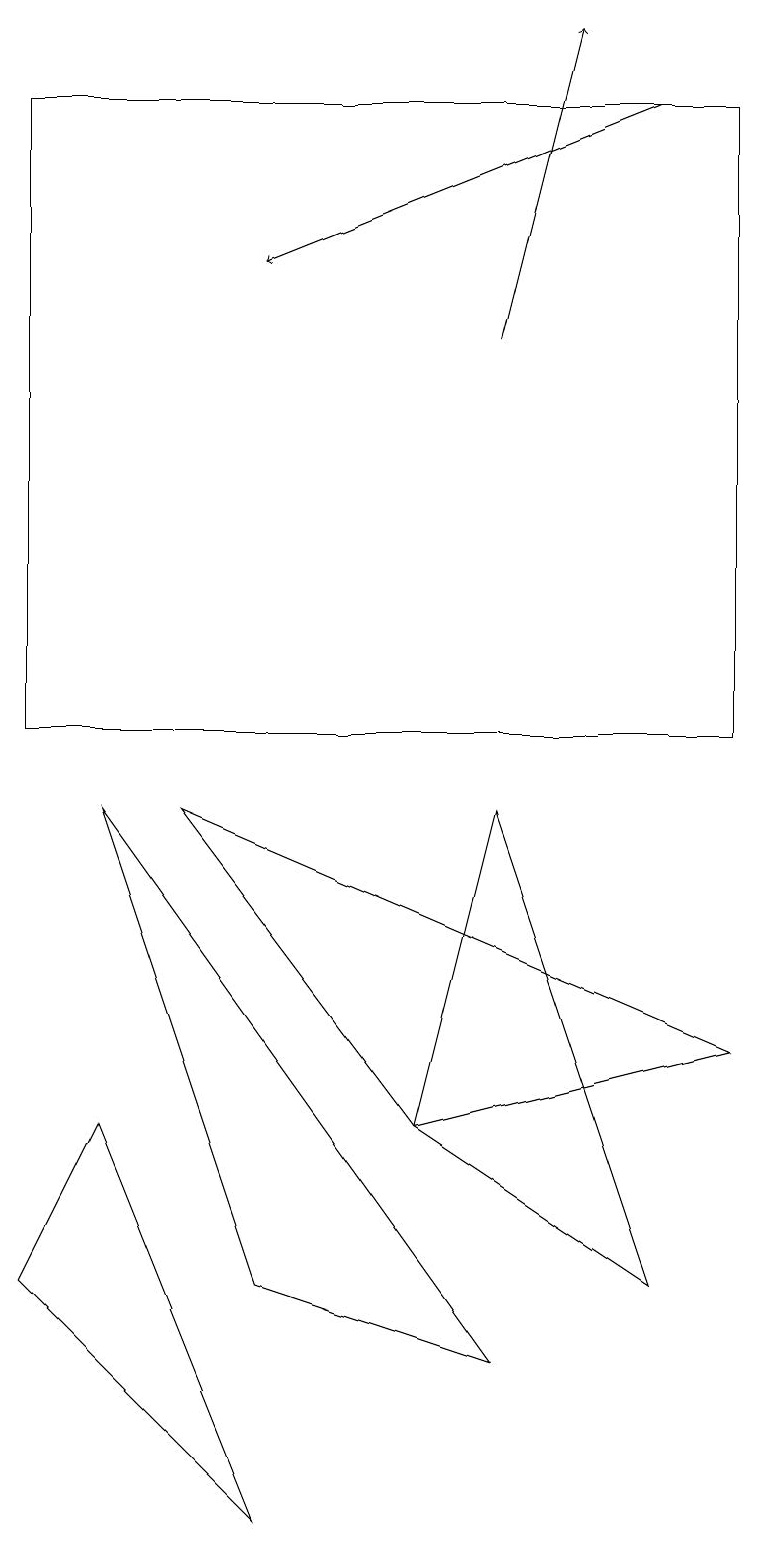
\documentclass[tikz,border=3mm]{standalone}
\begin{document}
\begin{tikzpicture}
\draw (3,0) -- (0,3) -- (1,5) -- cycle;
\draw (9,6) -- (5,5) -- (2,9) -- cycle;
\draw (0,18) rectangle (9,10);
\draw[->] (6,15) -- (7,19);
\draw (1,9) -- (6,2) -- (3,3) -- cycle;
\draw[->] (8,18) -- (3,16);
\draw (5,5) -- (8,3) -- (6,9) -- cycle;
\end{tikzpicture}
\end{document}